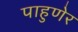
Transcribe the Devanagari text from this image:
पाहुणेर